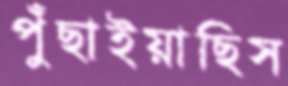
পুঁছাইয়াছিস